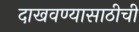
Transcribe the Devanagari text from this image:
दाखवण्यासाठीची